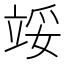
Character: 𬔞